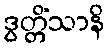
ဒွတ္တိံသာနိ